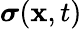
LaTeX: {\boldsymbol{\sigma}}(\mathbf{x},t)